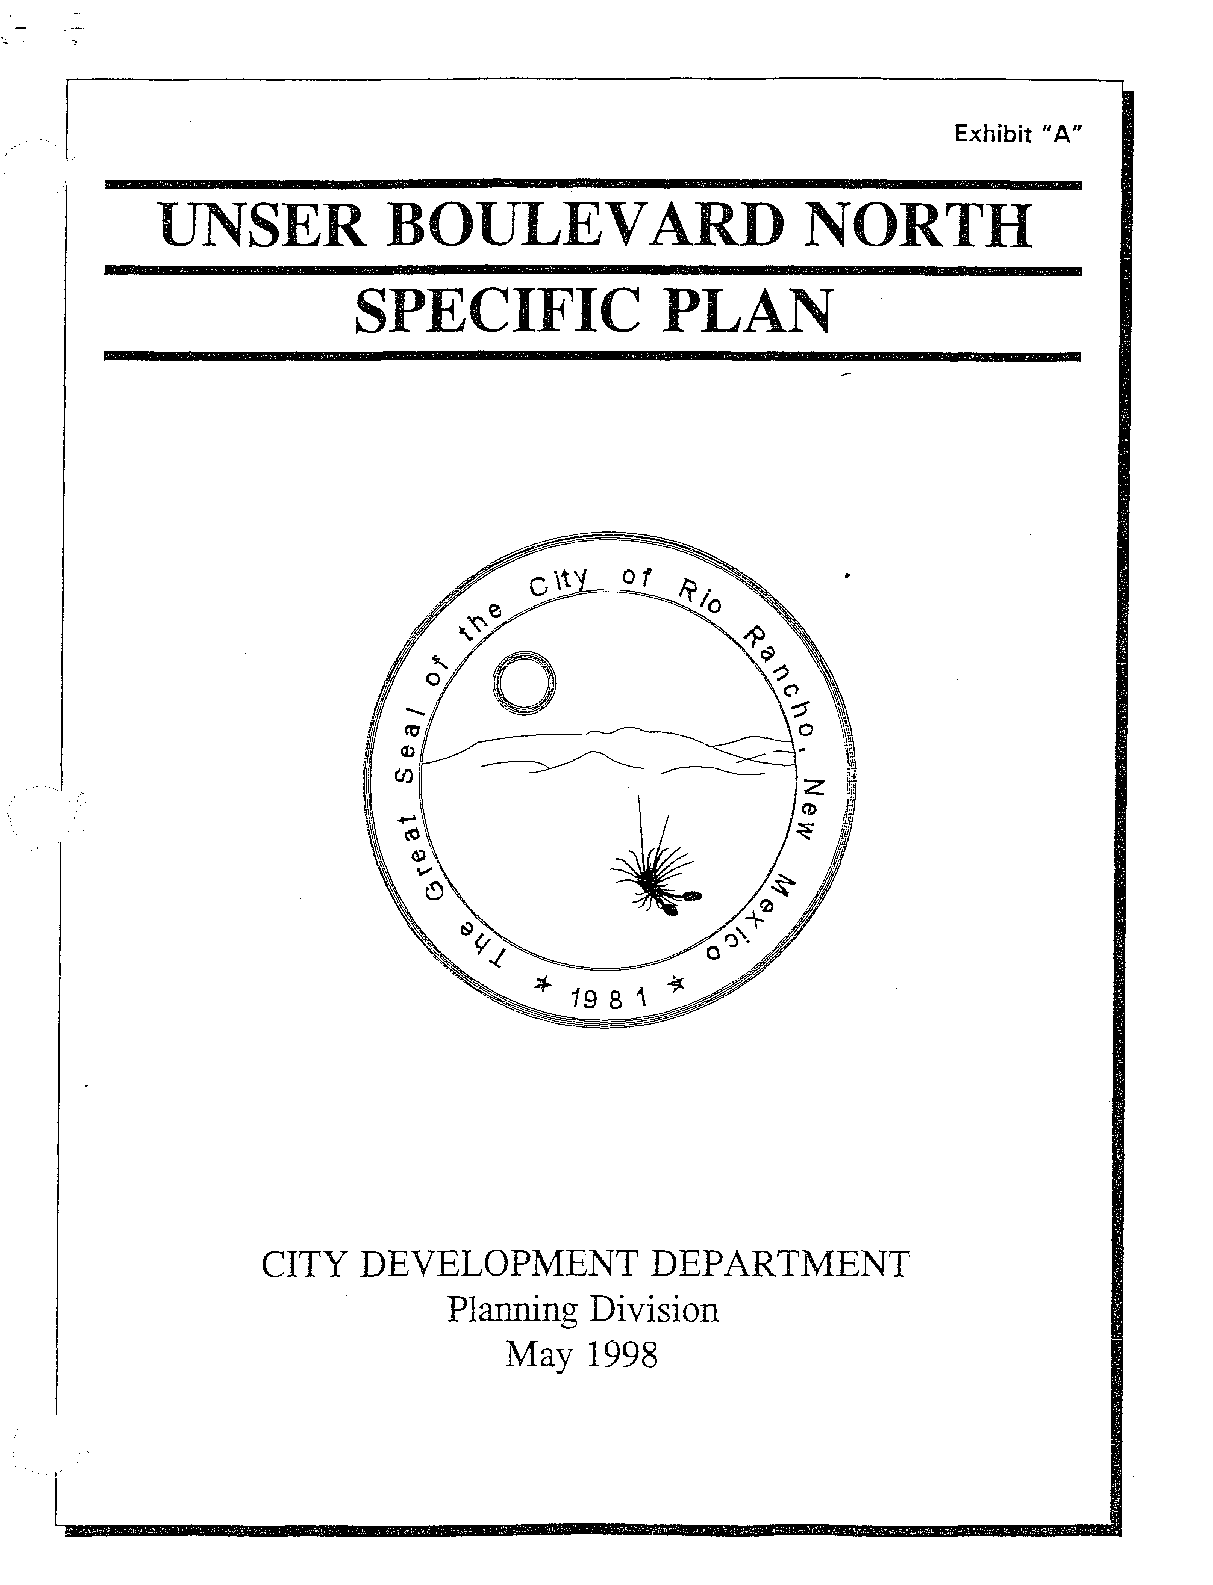
Exhibit A"
 II
 UNSER          BOULEVARD                  NORTH
 SPECIFIC            PLAN
 CITY  DEVELOPMENT        DEPARTMENT
 Planning Division
 May  1998